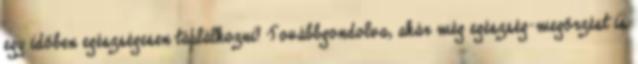
egy időben egészségesen táplálkozni? Továbbgondolva, akár még egészség-megőrzést is